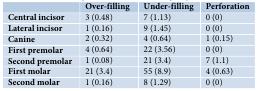
<table><thead><tr><td></td><td><b>Over-filling</b></td><td><b>Under-filling</b></td><td><b>Perforation</b></td></tr></thead><tbody><tr><td><b>Central incisor</b></td><td>3 (0.48)</td><td>7 (1.13)</td><td>0 (0)</td></tr><tr><td><b>Lateral incisor</b></td><td>1 (0.16)</td><td>9 (1.45)</td><td>0 (0)</td></tr><tr><td><b>Canine</b></td><td>2 (0.32)</td><td>4 (0.64)</td><td>1 (0.15)</td></tr><tr><td><b>First premolar</b></td><td>4 (0.64)</td><td>22 (3.56)</td><td>0 (0)</td></tr><tr><td><b>Second premolar</b></td><td>1 (0.08)</td><td>21 (3.4)</td><td>7 (1.1)</td></tr><tr><td><b>First molar</b></td><td>21 (3.4)</td><td>55 (8.9)</td><td>4 (0.63)</td></tr><tr><td><b>Second molar</b></td><td>1 (0.16)</td><td>8 (1.29)</td><td>0 (0)</td></tr></tbody></table>